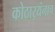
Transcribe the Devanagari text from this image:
कोठार्‍यंनाच